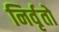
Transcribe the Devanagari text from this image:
निर्वृतो